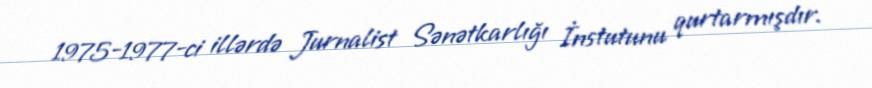
1975-1977-ci illərdə Jurnalist Sənətkarlığı İnstutunu qurtarmışdır.